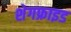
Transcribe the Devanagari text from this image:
शेगफ्राइड